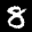
Label: 8